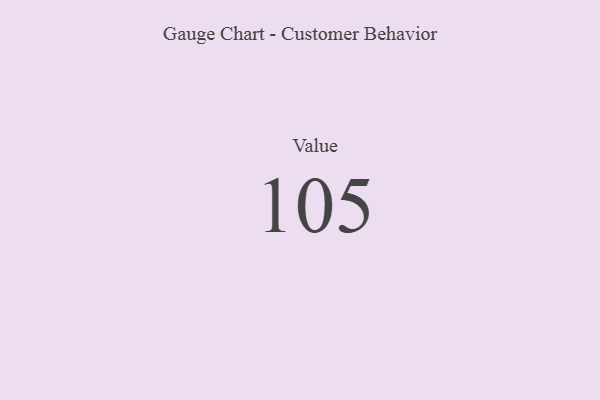
{"axis": {"x": "Metric", "y": "Value"}, "legend": [""], "data": [{"x": "Value", "y": 105, "type": ""}]}